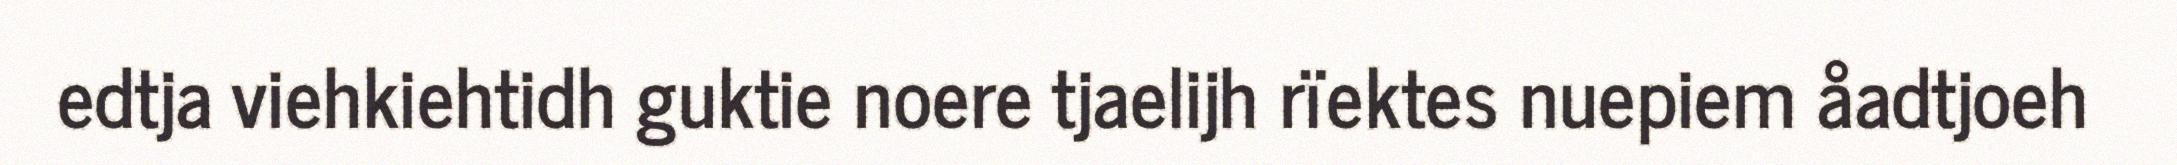
edtja viehkiehtidh guktie noere tjaelijh rïektes nuepiem åadtjoeh